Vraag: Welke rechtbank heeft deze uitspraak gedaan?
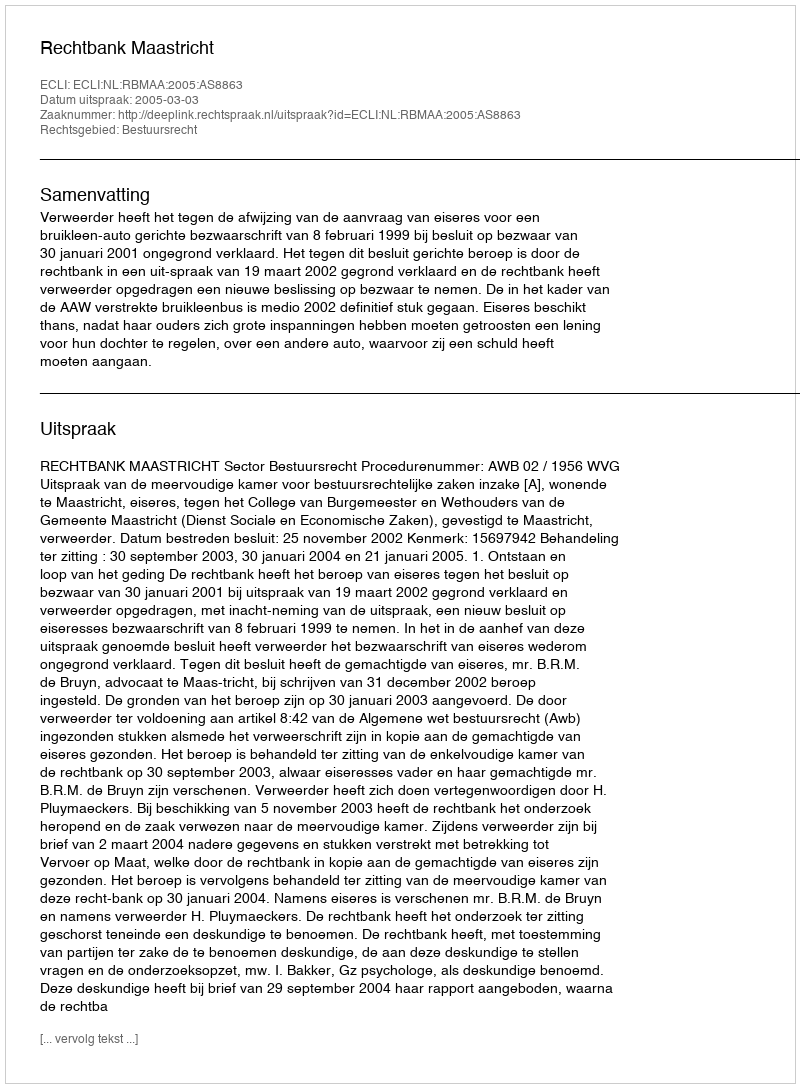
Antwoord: Rechtbank Maastricht